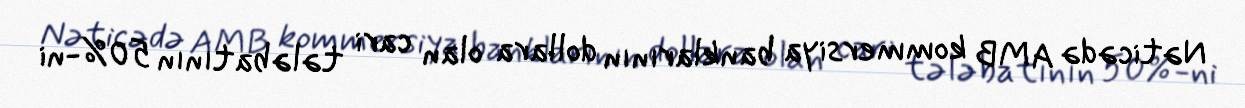
Nəticədə AMB kommersiya banklarının dollara olan cari tələbatının 50%-ni